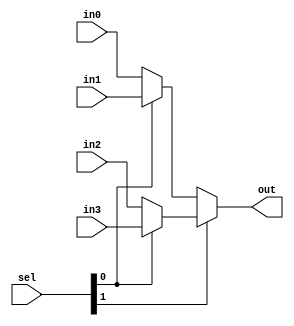
module mux4to1
#( parameter num_bits = 512) 
(
    input [num_bits-1:0] in0, in1, in2, in3,
    input [1:0] sel,
    output [num_bits-1:0] out
);

    assign out = sel[1] ? (sel[0] ? in3 : in2) : (sel[0] ? in1 : in0);

	

endmodule